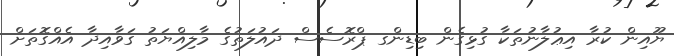
ޔޫއިން ކުރާ އިޢުލާނުތަކާ ގުޅިގެން ބިޑިންގ ޕްރޮސެސް ދައުލަތުގެ މާލިއްޔަތު ގަވާއިދާ އެއްގޮތަށް